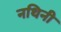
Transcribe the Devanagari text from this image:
नथिनी